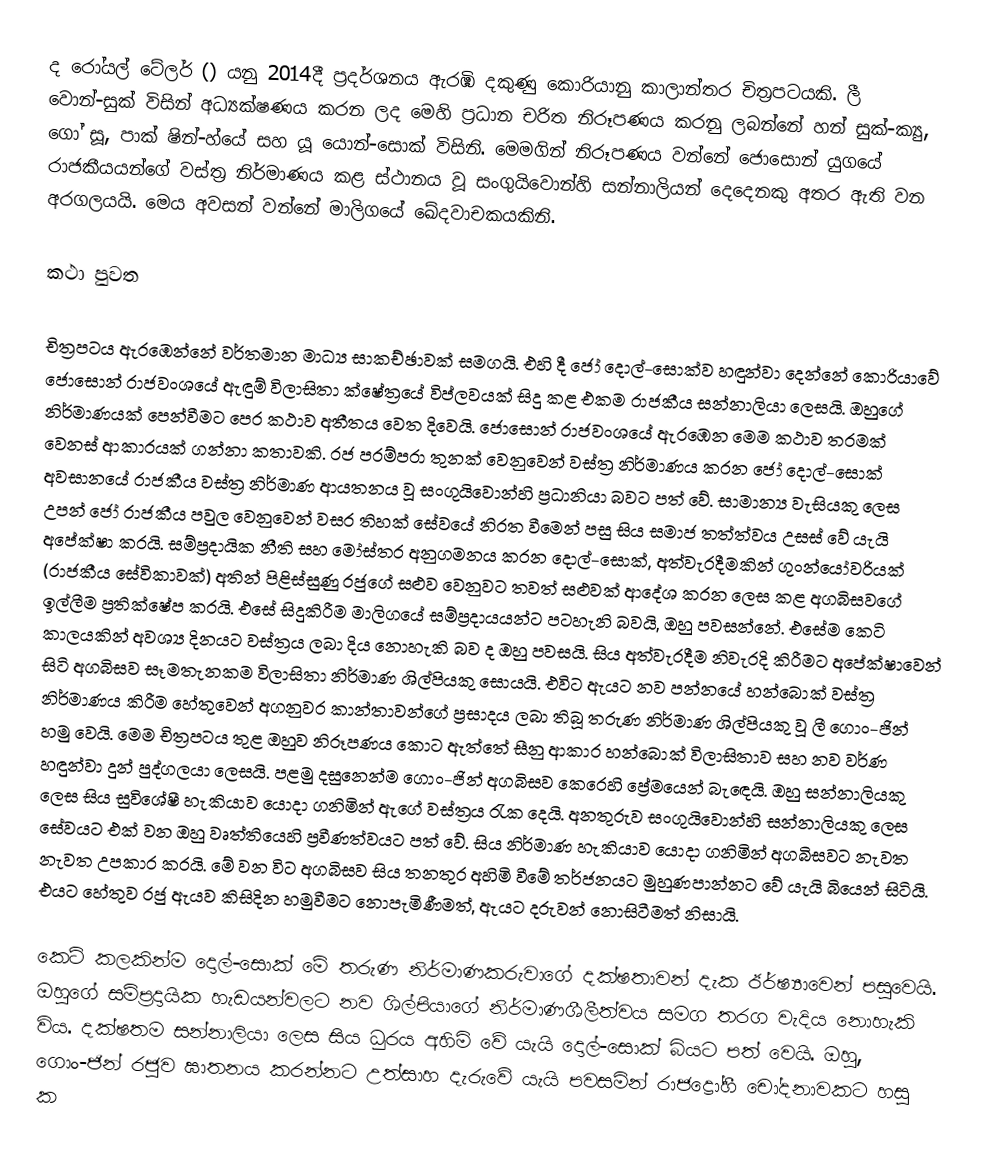
ද රෝයල් ටේලර් () යනු 2014දී ප්‍රදර්ශනය ඇරඹි දකුණු කොරියානු කාලාන්තර චිත්‍රපටයකි. ලී වොන්-සුක් විසින් අධ්‍යක්ෂණය කරන ලද මෙහි ප්‍රධාන චරිත නිරූපණය කරනු ලබන්නේ හන් සුක්-ක්‍යු, ගෝ සූ, පාක් ෂින්-හ්යේ සහ යූ යොන්-සොක් විසිනි. මෙමගින් නිරූපණය වන්නේ ජොසොන් යුගයේ රාජකීයයන්ගේ වස්ත්‍ර නිර්මාණය කළ ස්ථානය වූ සංගුයිවොන්හි සන්නාලියන් දෙදෙනකු අතර ඇති වන අරගලයයි. මෙය අවසන් වන්නේ මාලිගයේ ඛේදවාචකයකිනි.

කථා පුවත

චිත්‍රපටය ඇරඹෙන්නේ වර්තමාන මාධ්‍ය සාකච්ඡාවක් සමගයි. එහි දී ජෝ දොල්-සොක්ව හඳුන්වා දෙන්නේ කොරියාවේ ජොසොන් රාජවංශයේ ඇඳුම් විලාසිතා ක්ෂේත්‍රයේ විප්ලවයක් සිදු කළ එකම රාජකීය සන්නාලියා ලෙසයි. ඔහුගේ නිර්මාණයක් පෙන්වීමට පෙර කථාව අතීතය වෙත දිවෙයි. ජොසොන් රාජවංශයේ ඇරඹෙන මෙම කථාව තරමක් වෙනස් ආකාරයක් ගන්නා කතාවකි. රජ පරම්පරා තුනක් වෙනුවෙන් වස්ත්‍ර නිර්මාණය කරන ජෝ දොල්-සොක් අවසානයේ රාජකීය වස්ත්‍ර නිර්මාණ ආයතනය වූ සංගුයිවොන්හි ප්‍රධානියා බවට පත් වේ. සාමාන්‍ය වැසියකු ලෙස උපන් ජෝ රාජකීය පවුල වෙනුවෙන් වසර තිහක් සේවයේ නිරත වීමෙන් පසු සිය සමාජ තත්ත්වය උසස් වේ යැයි අපේක්ෂා කරයි. සම්ප්‍රදායික නීති සහ මෝස්තර අනුගමනය කරන දොල්-සොක්, අත්වැරදීමකින් ගුංන්යෝවරියක් (රාජකීය සේවිකාවක්) අතින් පිළිස්සුණු රජුගේ සළුව වෙනුවට තවත් සළුවක් ආදේශ කරන ලෙස කළ අගබිසවගේ ඉල්ලීම ප්‍රතික්ෂේප කරයි. එසේ සිදුකිරීම මාලිගයේ සම්ප්‍රදායයන්ට පටහැනි බවයි, ඔහු පවසන්නේ. එසේම කෙටි කාලයකින් අවශ්‍ය දිනයට වස්ත්‍රය ලබා දිය නොහැකි බව ද ඔහු පවසයි. සිය අත්වැරදීම නිවැරදි කිරීමට අපේක්ෂාවෙන් සිටි අගබිසව සෑමතැනකම විලාසිතා නිර්මාණ ශිල්පියකු සොයයි. එවිට ඇයට නව පන්නයේ හන්බොක් වස්ත්‍ර නිර්මාණය කිරීම හේතුවෙන් අගනුවර කාන්තාවන්ගේ ප්‍රසාදය ලබා තිබූ තරුණ නිර්මාණ ශිල්පියකු වූ ලී ගොං-ජින් හමු වෙයි. මෙම චිත්‍රපටය තුළ ඔහුව නිරූපණය කොට ඇත්තේ සීනු ආකාර හන්බොක් විලාසිතාව සහ නව වර්ණ හඳුන්වා දුන් පුද්ගලයා ලෙසයි. පළමු දසුනෙන්ම ගොං-ජින් අගබිසව කෙරෙහි ප්‍රේමයෙන් බැ‍ඳෙයි. ඔහු සන්නාලියකු ලෙස සිය සුවිශේෂී හැකියාව යොදා ගනිමින් ඇගේ වස්ත්‍රය රැක දෙයි. අනතුරුව සංගුයිවොන්හි සන්නාලියකු ලෙස සේවයට එක් වන ඔහු වෘත්තියෙහි ප්‍රවීණත්වයට පත් වේ. සිය නිර්මාණ හැකියාව යොදා ගනිමින් අගබිසවට නැවත නැවත උපකාර කරයි. මේ වන විට අගබිසව සිය තනතුර අහිමි වීමේ තර්ජනයට මුහුණපාන්නට වේ යැයි බියෙන් සිටියි. එයට හේතුව රජු ඇයව කිසිදින හමුවීමට නොපැමිණීමත්, ඇයට දරුවන් නොසිටීමත් නිසායි.

කෙටි කලකින්ම දොල්-සොක් මේ තරුණ නිර්මාණකරුවාගේ දක්ෂතාවන් දැක ඊර්ෂ්‍යාවෙන් පසුවෙයි. ඔහුගේ සම්ප්‍රදායික හැඩයන්වලට නව ශිල්පියාගේ නිර්මාණශීලීත්වය සමග තරග වැදිය නොහැකි විය. දක්ෂතම සන්නාලියා ලෙස සිය ධුරය අහිමි වේ යැයි දොල්-සොක් බියට පත් වෙයි. ඔහු, ගොං-ජින් රජුව ඝාතනය කරන්නට උත්සාහ දැරුවේ යැයි පවසමින් රාජද්‍රෝහී චෝදනාවකට හසු ක